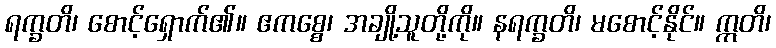
ရက္ခတိ၊ စောင့်ရှောက်၏။ ဧကစ္စေ၊ အချို့သူတို့ကို။ နရက္ခတိ၊ မစောင့်နိုင်။ ဣတိ၊